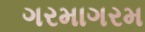
ગરમાગરમ